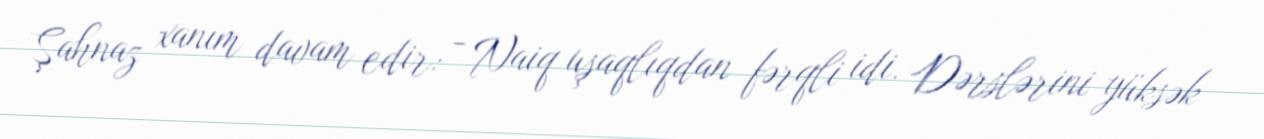
Şahnaz xanım davam edir: - Naiq uşaqlıqdan fərqli idi. Dərslərini yüksək